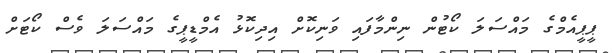
ޕީޕީއެމްގެ މައްސަލަ ކޯޓުން ނިންމާފައި ވަނިކޮށް އިދިކޮޅު އެމްޑީޕީގެ މައްސަލަ ވެސް ކޯޓަށް